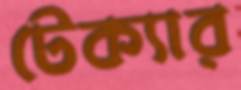
টেক্যার